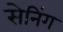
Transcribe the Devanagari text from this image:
सेनिंग